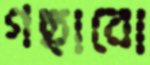
গছাবো